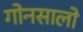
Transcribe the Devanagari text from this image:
गोनसालो